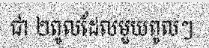
ជា ២ពូលដែលមួយពូលៗ